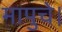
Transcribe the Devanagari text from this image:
मापुचे।